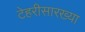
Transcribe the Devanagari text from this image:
टेहरीसारख्या